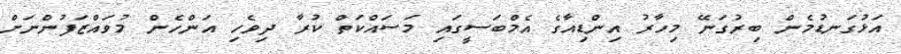
އަޅުގަނޑުމެން ބިރުގަނޭ މިހާރު އިންޑިއާގެ އެމްބަސީގައި މަސައްކަތް ކުރާ ދިވެހި އަންހެން މުވައްޒަފުންނަށް